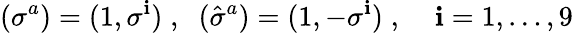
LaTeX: (\sigma^{a})=(1,\sigma^{\mathbf{i}})\; ,\; \; (\hat{{\sigma}}^{a})=(1,-\sigma^{\mathbf{i}})\; ,\; \; \; \; \mathbf{i}=1,\ldots,9